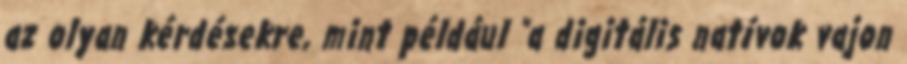
az olyan kérdésekre, mint például "a digitális natívok vajon